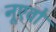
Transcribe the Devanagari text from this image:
नूएवो